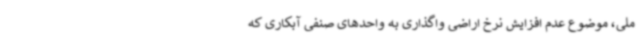
ملی، موضوع عدم افزایش نرخ اراضی واگذاری به واحدهای صنفی آبکاری که